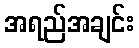
အရည်အချင်း